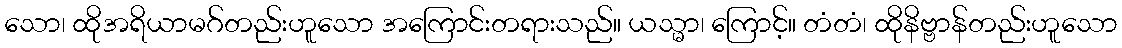
သော၊ ထိုအရိယာမဂ်တည်းဟူသော အကြောင်းတရားသည်။ ယသ္မာ၊ ကြောင့်။ တံတံ၊ ထိုနိဗ္ဗာန်တည်းဟူသော